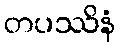
တပဿိနံ